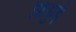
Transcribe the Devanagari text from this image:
सिंकुड़े